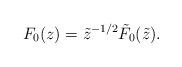
LaTeX: \begin{align*}F_0(z)=\tilde z^{-1/2}\tilde F_0(\tilde z).\end{align*}